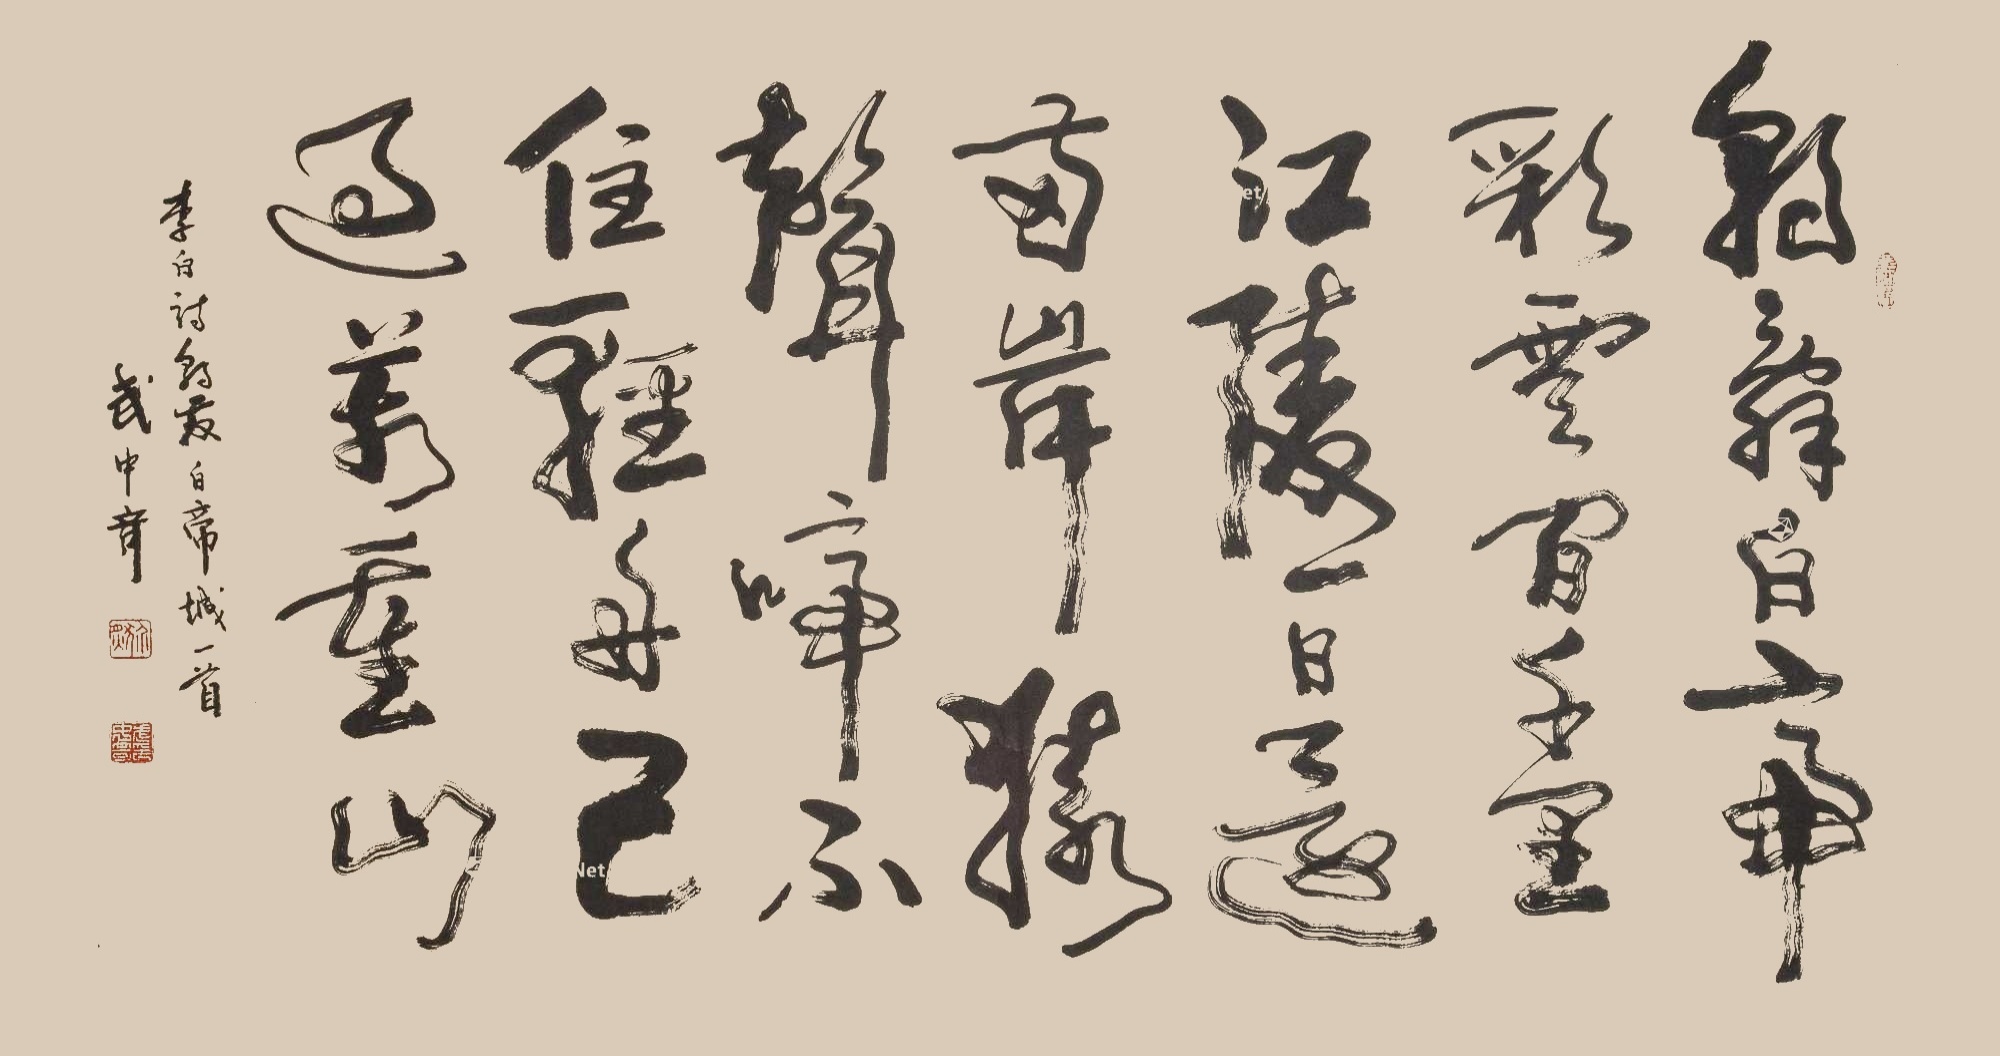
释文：朝辞白帝彩云间，千里江陵一日还。两岸猿声啼不住，轻舟已过万重山。李白诗《朝发白帝城》一首，武中奇。